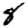
Digit: 8